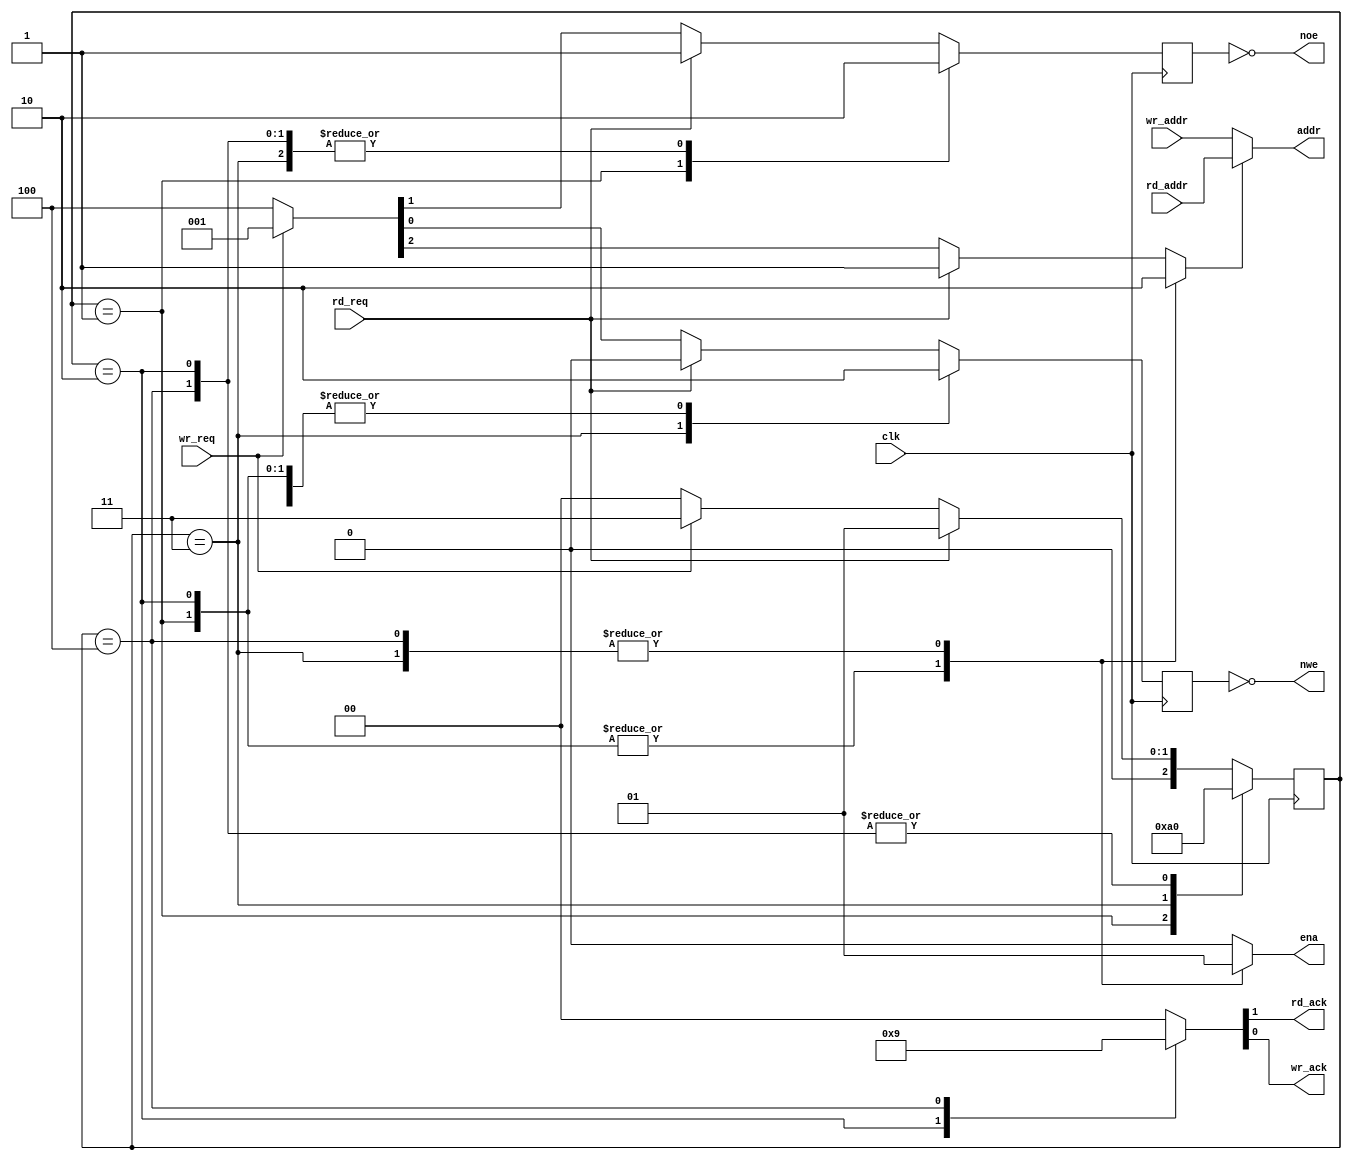
`timescale 1ns / 1ps

// ramcontrol module
//
// Provides a dual-port interface to a single-port external SRAM device.
// Read transactions have priority and require a mimimum of 3, maximum of 6
// clock cycles. Write transactions require a minimum of 3 clock cycles.

module ramcontrol(
    input clk,
    output [14:0] addr,
    output noe,
    output nwe,
    output reg ena,
    input [14:0] rd_addr,
    input rd_req,
    output reg rd_ack,
    input [14:0] wr_addr,
    input wr_req,
    output reg wr_ack
    );

localparam ADDR = 0, RD_0 = 1, RD_1 = 2, WR_0 = 3, WR_1 = 4;

reg rnw, oe, we;
reg oe_reg = 1'b0;
reg we_reg = 1'b0;
reg [2:0] curr_state = ADDR;
reg [2:0] next_state;

assign addr = rnw ? rd_addr : wr_addr;
assign noe = ~oe_reg;
assign nwe = ~we_reg;

  always @(posedge clk)
  begin
    curr_state <= next_state;
    oe_reg <= oe;
    we_reg <= we;
  end

  always @(*)
    case (curr_state)
      RD_0:
        begin
          { rd_ack, wr_ack } = 2'b00;
          { ena, rnw, oe, we } = 4'b0110;
          next_state = RD_1;
        end
      RD_1:
        begin
          { rd_ack, wr_ack } = 2'b10;
          { ena, rnw, oe, we } = 4'b0100;
          next_state = ADDR;
        end
      WR_0:
        begin
          { rd_ack, wr_ack } = 2'b00;
          { ena, rnw, oe, we } = 4'b1001;
          next_state = WR_1;
        end
      WR_1:
        begin
          { rd_ack, wr_ack } = 2'b01;
          { ena, rnw, oe, we } = 4'b1000;
          next_state = ADDR;
        end
      default:
        begin
          { rd_ack, wr_ack } = 2'b00;
          if (rd_req)
            begin
              { ena, rnw, oe, we } = 4'b0110;
              next_state = RD_0;
            end
          else if (wr_req)
            begin
              { ena, rnw, oe, we } = 4'b0001;
              next_state = WR_0;
            end
          else
            begin
              { ena, rnw, oe, we } = 4'b0100;
              next_state = ADDR;
            end
        end
    endcase

endmodule